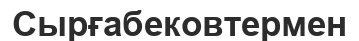
Сырғабековтермен